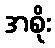
အစိုး